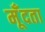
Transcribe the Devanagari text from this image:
मूँदता